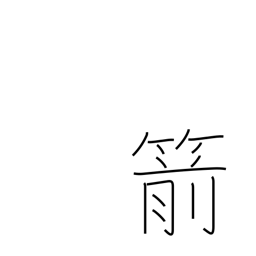
Meaning: arrow